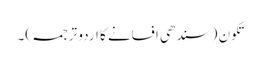
تکون (سندھی افسانے کا اردو ترجمہ)۔